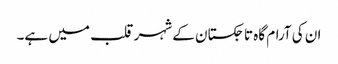
ان کی آرام گاہ تاجکستان کے شہر قلب میں ہے۔